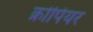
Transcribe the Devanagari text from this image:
क्रोपियर